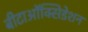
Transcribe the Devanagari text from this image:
बीटाऑक्सिडेशन